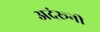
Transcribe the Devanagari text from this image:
अदंरूनी